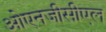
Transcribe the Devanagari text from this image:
ओएनजीसीएल